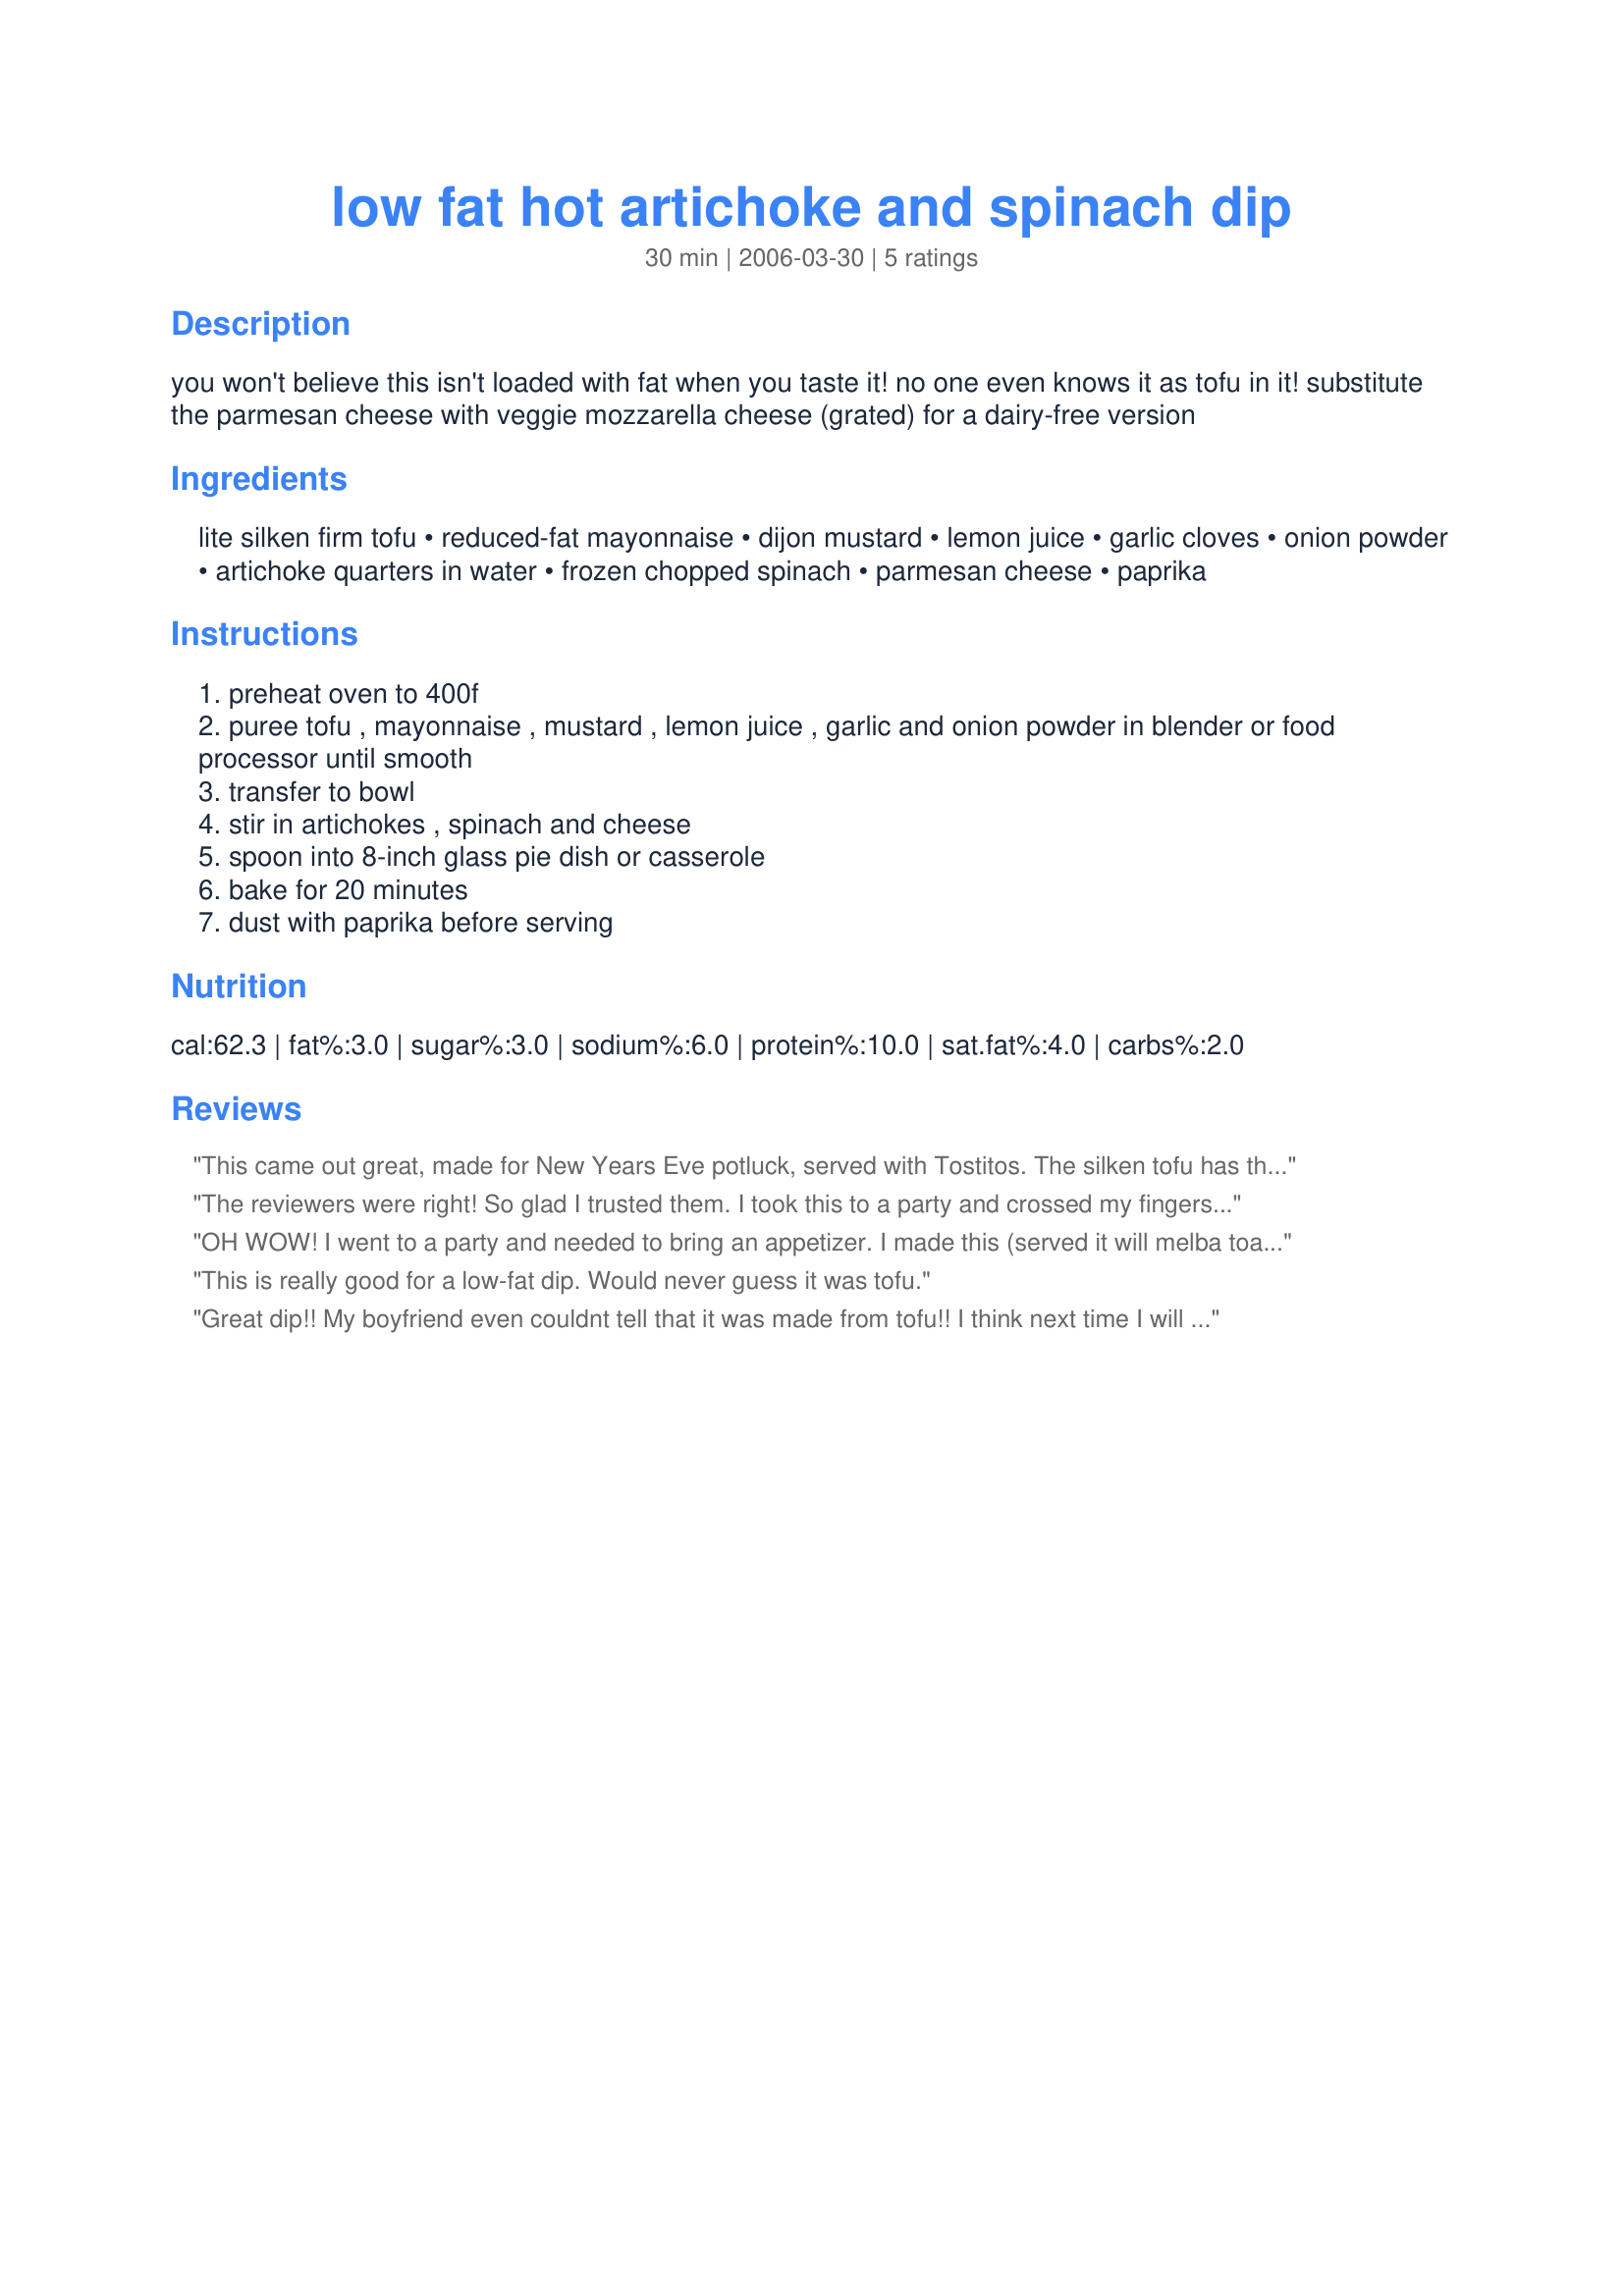
low fat hot artichoke and spinach dip
Preparation time: 30 minutes

you won't believe this isn't loaded with fat when you taste it! no one even knows it as tofu in it! substitute the parmesan cheese with veggie mozzarella cheese (grated) for a dairy-free version

Ingredients:
lite silken firm tofu, reduced-fat mayonnaise, dijon mustard, lemon juice, garlic cloves, onion powder, artichoke quarters in water, frozen chopped spinach, parmesan cheese, paprika

Steps:
preheat oven to 400f
puree tofu , mayonnaise , mustard , lemon juice , garlic and onion powder in blender or food processor until smooth
transfer to bowl
stir in artichokes , spinach and cheese
spoon into 8-inch glass pie dish or casserole
bake for 20 minutes
dust with paprika before serving

Reviews:
This came out great, made for New Years Eve potluck, served with Tostitos. The silken tofu has the same consistency as mayonaisse, and was not detectable. I made the recipe as written and added a little low fat cream cheese and a shake of worstershire sauce. I omitted the onion powder and paprika. Another guest brought a full-fat artichoke/spinach dip, but mine was far more popular.
The reviewers were right! So glad I trusted them. I took this to a party and crossed my fingers that it would deliver on flavor and texture and it did!! I didn't tell the ladies until several had take a second taste. After I told them it was tofu, they were so surprised. One lady who was holding back, decided to have some after all. She is watching her calories/fat. ~ I also made it for my vegetarian daughter for dinner one night. She loved it! I usually put a light layer of mozzarella cheese on mine the final 5 minutes of baking.
OH WOW! I went to a party and needed to bring an appetizer. I made this (served it will melba toasts) and the bowl was scraped clean! I didn't tell anyone (not even my husband) that there was tofu in it and not one person could tell! haha! I am keeping that a secret and will be making this again and again. It is a great substitution for the fully loaded spinach artichoke dip. I am so excited about this recipe! Thanks for posting!!
This is really good for a low-fat dip. Would never guess it was tofu.
Great dip!!
My boyfriend even couldnt tell that it was made from tofu!!
I think next time I will use the same amount of parmesan cheese and add some mozza to it 
I will be making this one again, thanks a lot!
